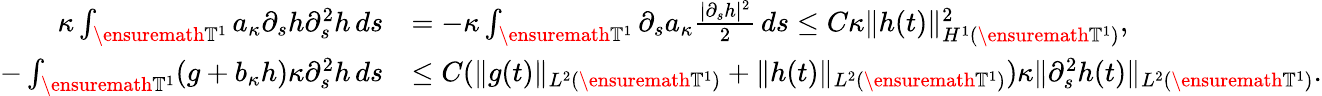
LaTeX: \begin{array}{rl}{\kappa\int_{\ensuremath{\mathbb{T}}^{1}}a_{\kappa}\partial_{s}h\partial_{s}^{2}h\, ds}&{=-\kappa\int_{\ensuremath{\mathbb{T}}^{1}}\partial_{s}a_{\kappa}\frac{|\partial_{s}h|^{2}}2\, ds\leq C\kappa\| h(t)\| _{H^{1}(\ensuremath{\mathbb{T}}^{1})}^{2},}\\ {-\int_{\ensuremath{\mathbb{T}}^{1}}(g+b_{\kappa}h)\kappa\partial_{s}^{2}h\, ds}&{\leq C(\| g(t)\| _{L^{2}(\ensuremath{\mathbb{T}}^{1})}+\| h(t)\| _{L^{2}(\ensuremath{\mathbb{T}}^{1})})\kappa\| \partial_{s}^{2}h(t)\| _{L^{2}(\ensuremath{\mathbb{T}}^{1})}.}\end{array}